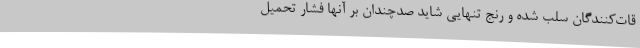
قات‌کنندگان سلب شده و رنج تنهایی شاید صدچندان بر آنها فشار تحمیل